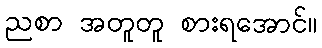
ညစာ အတူတူ စားရအောင်။